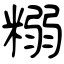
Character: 糑